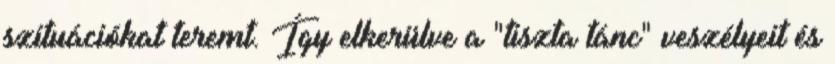
szituációkat teremt. Így elkerülve a "tiszta tánc" veszélyeit és